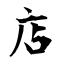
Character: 店